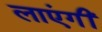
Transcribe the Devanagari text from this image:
लाएंगीं